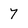
Character: 7